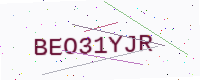
Text: BEO31YJR